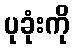
ပုခုံးကို